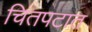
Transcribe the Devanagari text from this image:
चितपटात